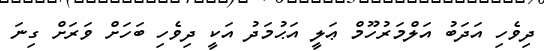
ދިވެހި އަދަބު އަލްމަރުހޫމް ޢަލީ އަޙުމަދު އަކީ ދިވެހި ބަހަށް ވަރަށް ގިނަ